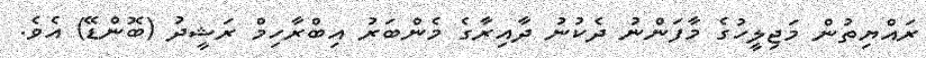
ރައްޔިތުން މަޖިލީހުގެ މާފަންނު ދެކުނު ދާއިރާގެ މެންބަރު އިބްރާހިމް ރަޝީދު (ބޮންޑޭ) އެވެ.